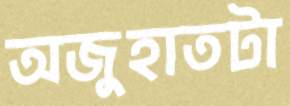
অজুহাতটা